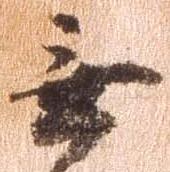
無